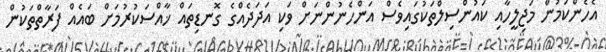
އެހެންކަމުން މަޖިލީހާއި ކައުންސިލްތަކުގައިވެސް އަންހެނުންނަށް ވަކި އަދަދެއްގެ ގޮނޑިތައް ޚާއްސަކުރުމަށް ބައެއް ފަރާތްތަކުން